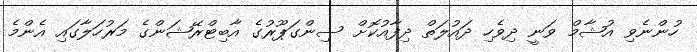
ހުންނެވި އުޝާމް ވަނީ ދިވެހި ދައުލަތް ދިފާއުކޮށް ސިންގަޕޫރުގެ އާބިޓްރޭޝަންގެ މަރުހަލާގައި އެންމެ